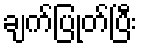
ချက်ပြုတ်ပြီး